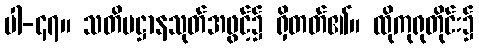
ပါ-၄၇။ သတိပဋ္ဌာနသုတ်အဖွင့်၌ ရှိတတ်၏။ ထိုကုရုတိုင်း၌